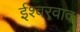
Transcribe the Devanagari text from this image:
ईश्‍वरवाद